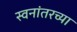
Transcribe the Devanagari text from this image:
स्वनांतरच्या